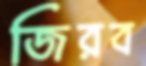
জিরব